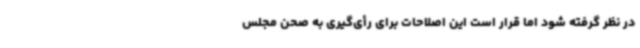
در نظر گرفته شود اما قرار است این اصلاحات برای رأی‌گیری به صحن مجلس